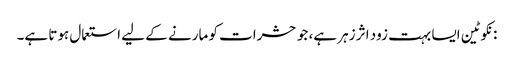
: نکوٹین ایسا بہت زود اثر زہر ہے، جو حشرات کو مارنے کے لیے استعمال ہوتا ہے۔